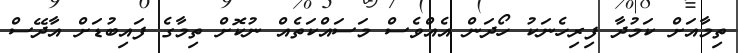
ތިމާއަށް ކަމުދާ ފިރިހެނަކު ހޯދަން އެއްވެސް މަސައްކަތެއް ނުކޮށް ތިމާގެ ފައިބުޑަށް އާދޭސް